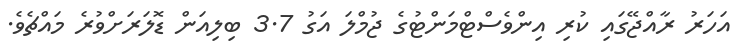
އަހަރު ރާއްޖޭގައި ކުރި އިންވެސްޓްމަންޓުގެ ޖުމްލަ އަގު 3.7 ބިލިއަން ޑޮލަރަށްވުރެ މައްޗެވެ.